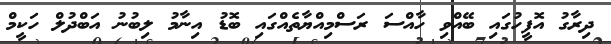
ދިރާގު އޮފީހުގައި ބޭއްވި ހާއްސަ ރަސްމިއްޔާތެއްގައި ބޮޑު އިނާމު ލިބުނު އަބްދުލް ހަކީމް